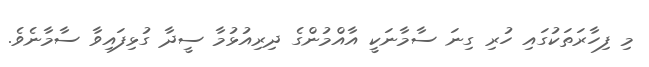
މި ފިހާރަތަކުގައި ހުރި ގިނަ ސާމާނަކީ އާއްމުންގެ ދިރިއުޅުމާ ސީދާ ގުޅިފައިވާ ސާމާނެވެ.